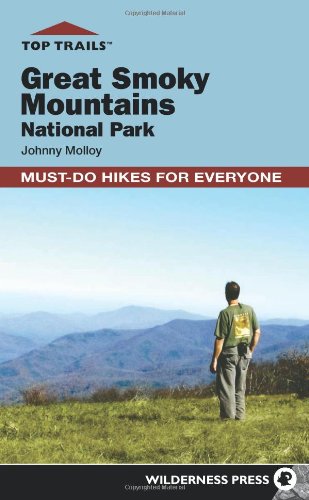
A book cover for Top Trails: Great Smoky Mountains National Park: Must-Do Hikes for Everyone; Johnny Molloy; Health, Fitness & Dieting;